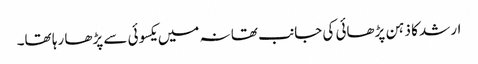
ارشد کا ذہن پڑھائی کی جانب تھا نہ میں یکسوئی سے پڑھا رہا تھا۔